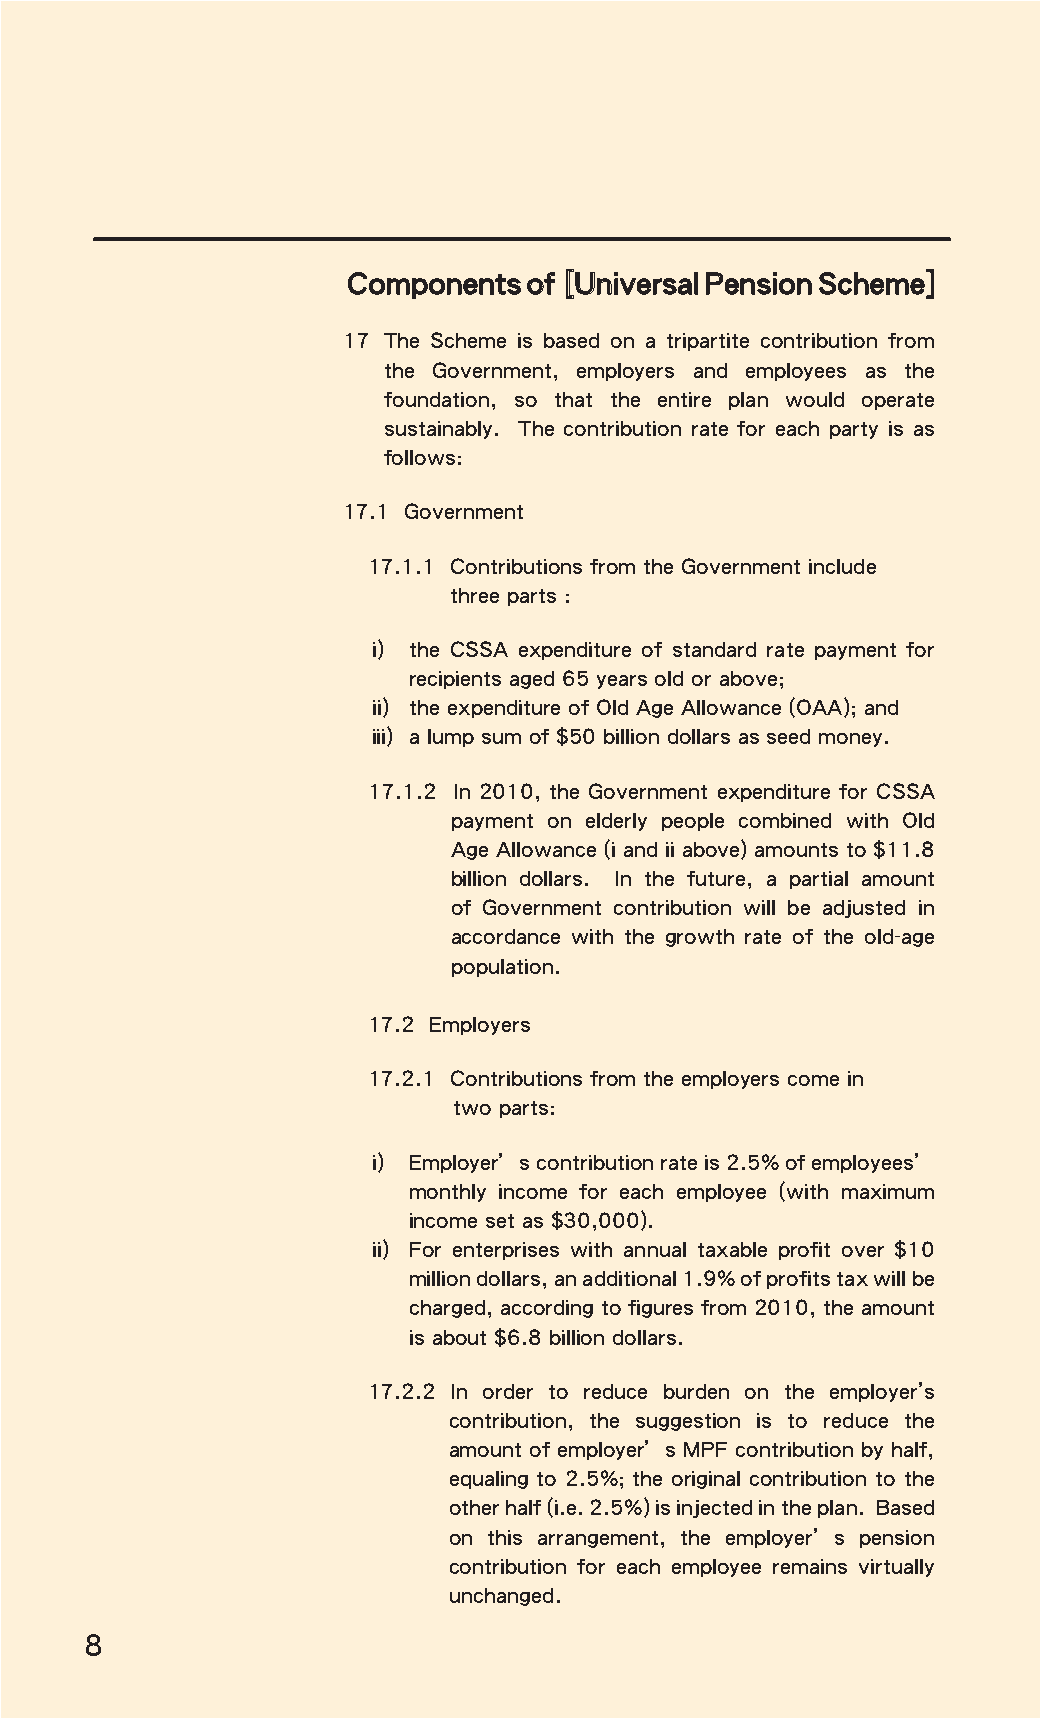
Components  of [Universal Pension Scheme]
 17 The Scheme is based on a tripartite contribution from
 the Government, employers and employees as the
 foundation, so that the entire plan would operate
 sustainably. The contribution rate for each party is as
 follows:
 17.1 Government
 17.1.1 Contributions from the Government include
 three parts :
 i) the CSSA expenditure of standard rate payment for
 recipients aged 65 years old or above;
 ii) the expenditure of Old Age Allowance (OAA); and
 iii) a lump sum of $50 billion dollars as seed money.
 17.1.2 In 2010, the Government expenditure for CSSA
 payment on elderly people combined with Old
 Age Allowance (i and ii above) amounts to $11.8
 billion dollars. In the future, a partial amount
 of Government contribution will be adjusted in
 accordance with the growth rate of the old-age
 population.
 17.2 Employers
 17.2.1 Contributions from the employers come in
 two parts:
 i) Employer’s contribution rate is 2.5% of employees’
 monthly income for each employee (with maximum
 income set as $30,000).
 ii) For enterprises with annual taxable profit over $10
 million dollars, an additional 1.9% of profits tax will be
 charged, according to figures from 2010, the amount
 is about $6.8 billion dollars.
 17.2.2 In order to reduce burden on the employer’s
 contribution, the suggestion is to reduce the
 amount of employer’s MPF contribution by half,
 equaling to 2.5%; the original contribution to the
 other half (i.e. 2.5%) is injected in the plan. Based
 on this arrangement, the employer’s pension
 contribution for each employee remains virtually
 unchanged.
 8